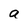
Character: a